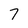
Character: 7